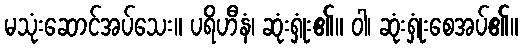
မသုံးဆောင်အပ်သေး။ ပရိဟီနံ၊ ဆုံးရှုံး၏။ ဝါ၊ ဆုံးရှုံးစေအပ်၏။